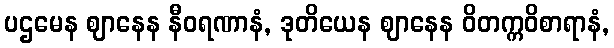
ပဌမေန ဈာနေန နီဝရဏာနံ, ဒုတိယေန ဈာနေန ဝိတက္ကဝိစာရာနံ,